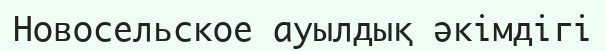
Новосельское ауылдық әкімдігі